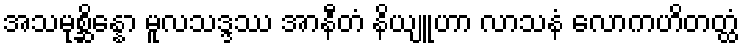
အသမုစ္ဆိန္နော မူလသဒ္ဒဿ အာနီတံ နိယျူဟာ လာသနံ လောကဟိတတ္ထံ